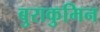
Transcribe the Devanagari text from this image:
बुराकुमिन